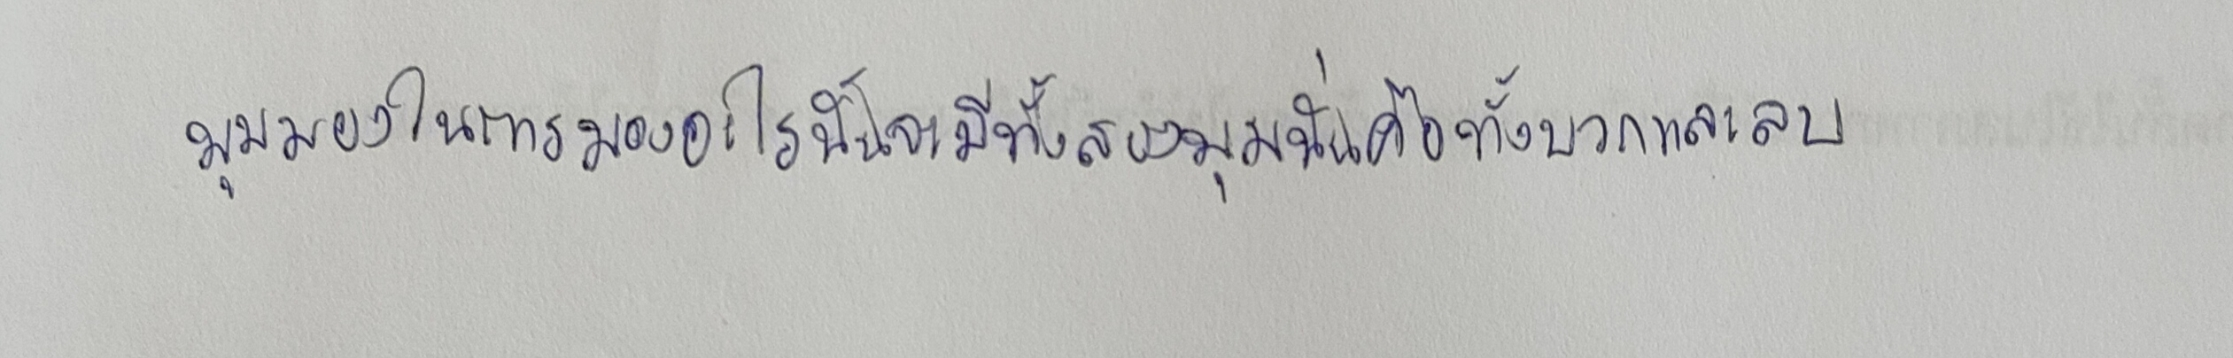
มุมมองในการมองอะไรนั้นจะมีทั้งสองมุมนั่นคือทั้งบวกและลบ